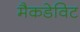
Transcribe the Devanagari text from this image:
मैकडेविट